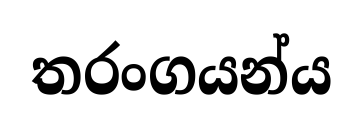
තරංගයන්ය